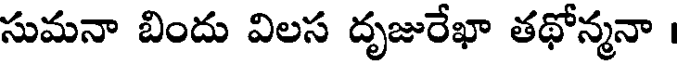
సుమనా బిందు విలస దృజురేఖా తథోన్మనా